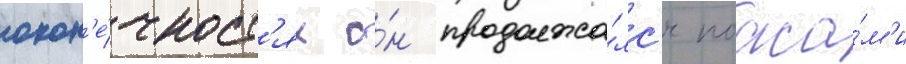
окон'е́чност'ях о́н продолжа́лс'я поаса́м'и